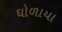
ઘોળાયા